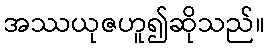
အဿယုဇဟူ၍ဆိုသည်။